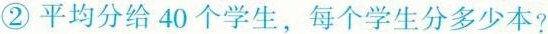
②平均分给40个学生，每个学生分多少本?